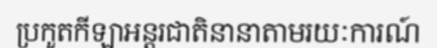
ប្រកួតកីឡាអន្តរជាតិនានាតាមរយៈការណ៍